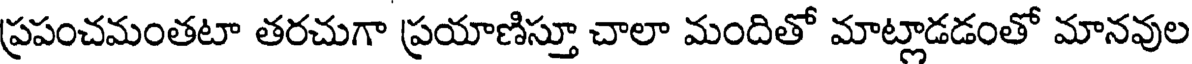
ప్రపంచమంతటా తరచుగా ప్రయాణిస్తూ చాలా మందితో మాట్లాడడంతో మానవుల